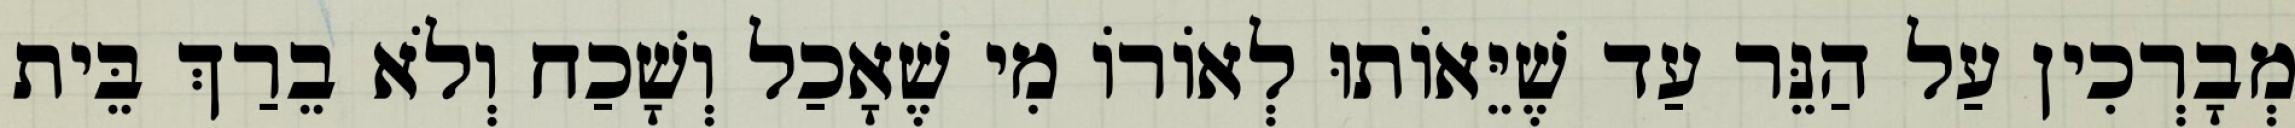
מְבָרְכִין עַל הַנֵּר עַד שֶׁיֵּאוֹתוּ לְאוֹרוֹ מִי שֶׁאָכַל וְשָׁכַח וְלֹא בֵרַךְ בֵּית